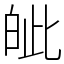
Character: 皉